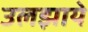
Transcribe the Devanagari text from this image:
उलझाये